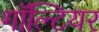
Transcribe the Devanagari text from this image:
गॉल्टियर